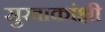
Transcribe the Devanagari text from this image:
सुखाकांक्षी